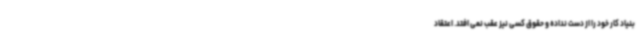
بنیاد کار خود را از دست نداده و حقوق کسی نیز عقب نمی افتد. اعتقاد